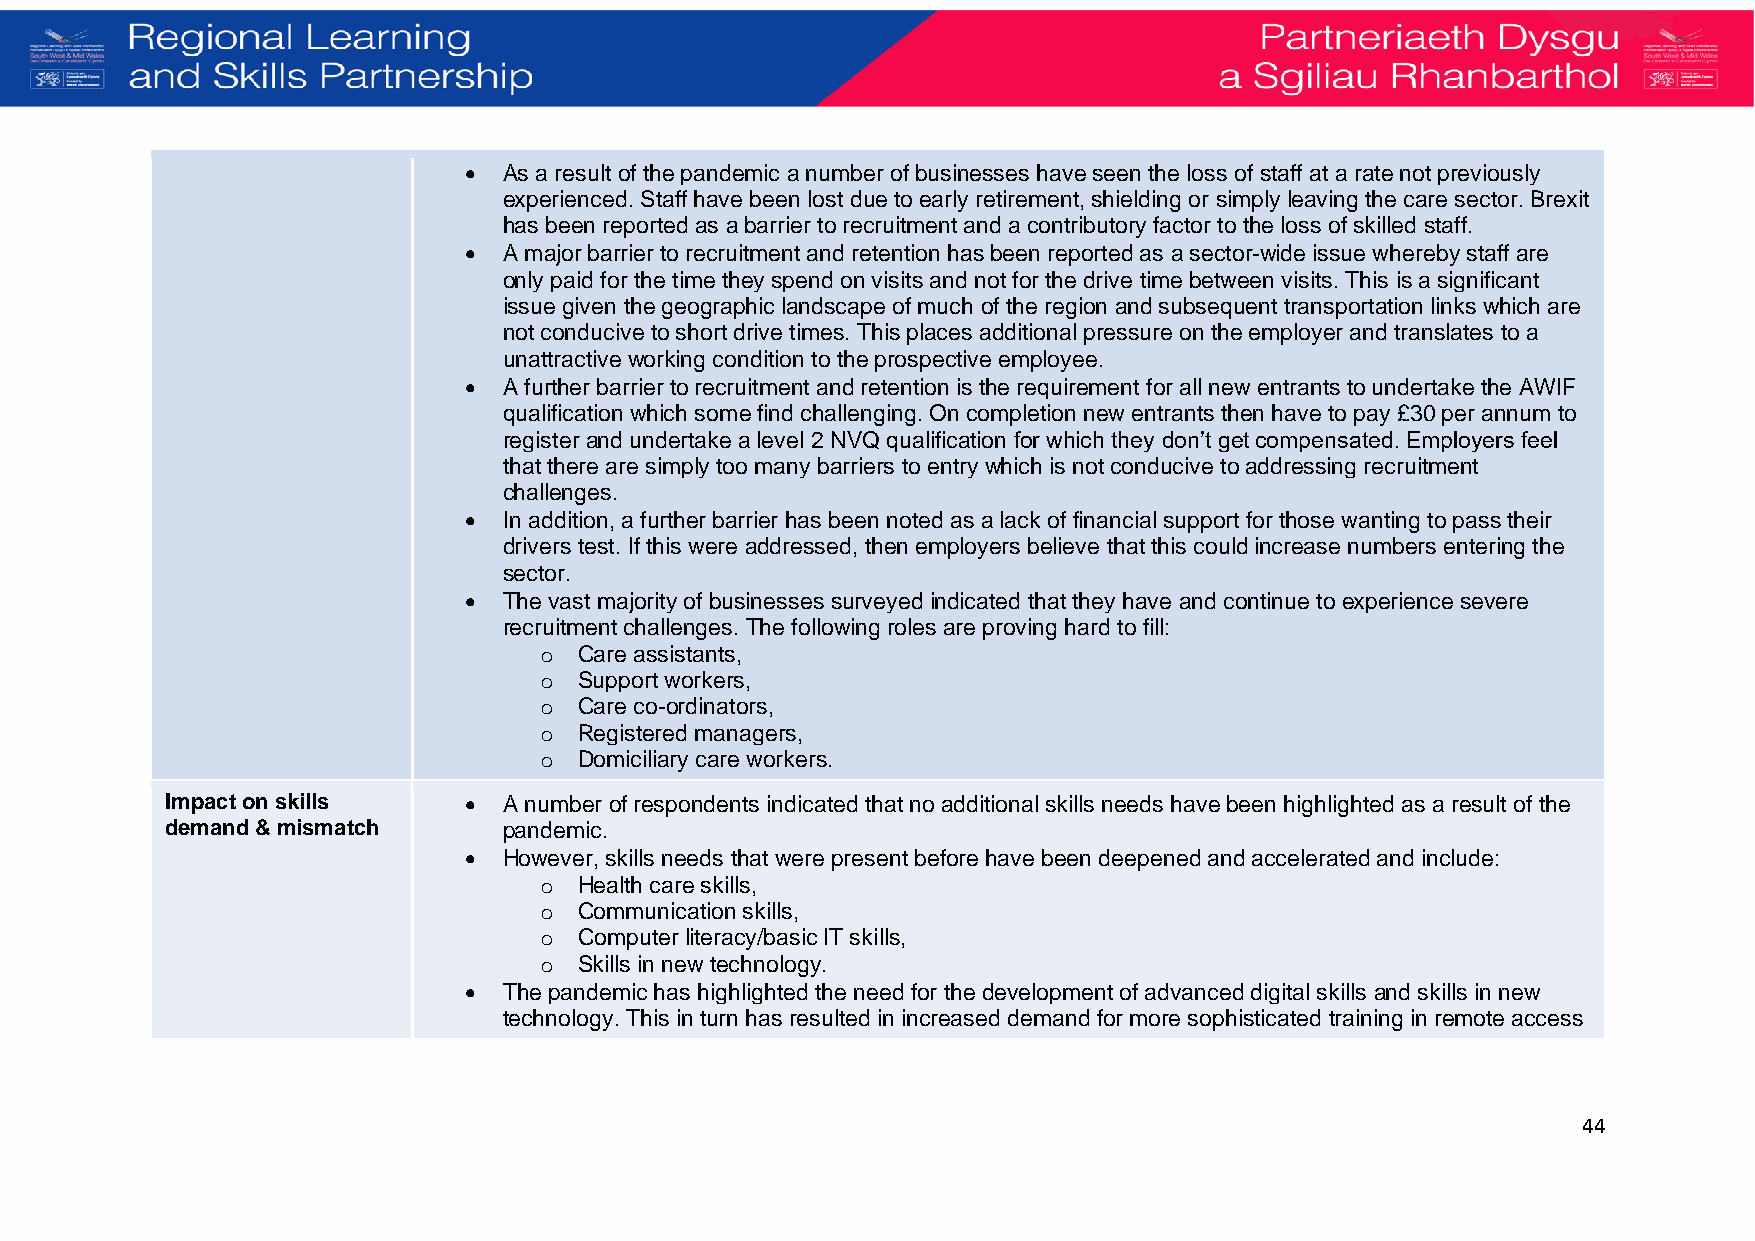
• As a result of the pandemic a number of businesses have seen the loss of staff at a rate not previously
 experienced. Staff have been lost due to early retirement, shielding or simply leaving the care sector. Brexit
 has been reported as a barrier to recruitment and a contributory factor to the loss of skilled staff.
 • A major barrier to recruitment and retention has been reported as a sector-wide issue whereby staff are
 only paid for the time they spend on visits and not for the drive time between visits. This is a significant
 issue given the geographic landscape of much of the region and subsequent transportation links which are
 not conducive to short drive times. This places additional pressure on the employer and translates to a
 unattractive working condition to the prospective employee.
 • A further barrier to recruitment and retention is the requirement for all new entrants to undertake the AWIF
 qualification which some find challenging. On completion new entrants then have to pay £30 per annum to
 register and undertake a level 2 NVQ qualification for which they don’t get compensated. Employers feel
 that there are simply too many barriers to entry which is not conducive to addressing recruitment
 challenges.
 • In addition, a further barrier has been noted as a lack of financial support for those wanting to pass their
 drivers test. If this were addressed, then employers believe that this could increase numbers entering the
 sector.
 • The vast majority of businesses surveyed indicated that they have and continue to experience severe
 recruitment challenges. The following roles are proving hard to fill:
 o Care assistants,
 o Support workers,
 o Care co-ordinators,
 o Registered managers,
 o Domiciliary care workers.
 Impact on skills    • A number of respondents indicated that no additional skills needs have been highlighted as a result of the
 demand & mismatch     pandemic.
 • However, skills needs that were present before have been deepened and accelerated and include:
 o Health care skills,
 o Communication skills,
 o Computer literacy/basic IT skills,
 o Skills in new technology.
 • The pandemic has highlighted the need for the development of advanced digital skills and skills in new
 technology. This in turn has resulted in increased demand for more sophisticated training in remote access
 44